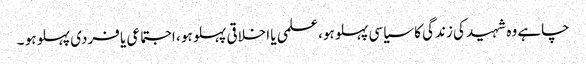
چاہے وہ شہید کی زندگی کا سیاسی پہلو ہو،علمی یا اخلاقی پہلو ہو ، اجتماعی یا فردی پہلو ہو ۔